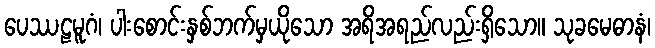
ပေဿဠမူဂံ၊ ပါးစောင်းနှစ်ဘက်မှယိုသော အရိအရည်လည်းရှိသော။ သုခမေဓာနံ၊